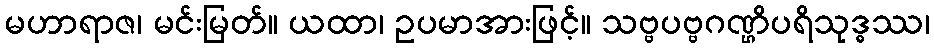
မဟာရာဇ၊ မင်းမြတ်။ ယထာ၊ ဥပမာအားဖြင့်။ သဗ္ဗပဗ္ဗဂဏ္ဌိပရိသုဒ္ဓဿ၊